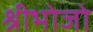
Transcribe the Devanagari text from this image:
श्रीभोजो